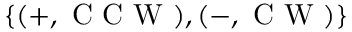
\{ ( + , \mathrm { ~ C ~ C ~ W ~ } ) , ( - , \mathrm { ~ C ~ W ~ } ) \}